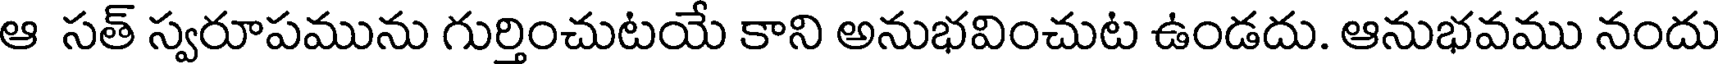
ఆ సత్ స్వరూపమును గుర్తించుటయే కాని అనుభవించుట ఉండదు. ఆనుభవము నందు